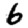
Digit: 6